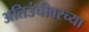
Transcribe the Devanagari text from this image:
अतिउंचीवरच्या